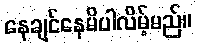
နေချင်နေမိပါလိမ့်မည်။